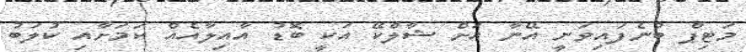
މަޓިޕް ބުނެފައިވަނީ އޭނާ އަށް ޝާލްކޭ އަކީ ބޮޑު އާއިލާއެއް ކަމަށާއި ކުލަބު